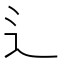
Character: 辶